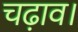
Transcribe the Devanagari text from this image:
चढ़ाव।